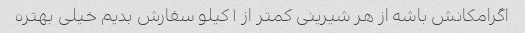
اگرامکانش باشه از هر شیرینی کمتر از ١ کیلو سفارش بدیم خیلی بهتره